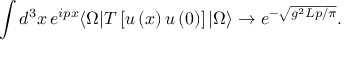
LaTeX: \int d ^ { 3 } x \, e ^ { i p x } \langle \Omega | T \left[ u \left( x \right) u \left( 0 \right) \right] | \Omega \rangle \rightarrow e ^ { - \sqrt { g ^ { 2 } L p / \pi } } .